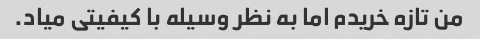
من تازه خریدم اما به نظر وسیله با کیفیتی میاد.